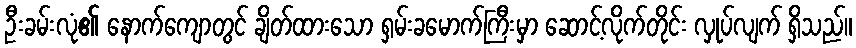
ဦးခမ်းလုံ၏ နောက်ကျောတွင် ချိတ်ထားသော ရှမ်းခမောက်ကြီးမှာ ဆောင့်လိုက်တိုင်း လှုပ်လျက် ရှိသည်။